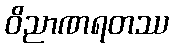
ဝိညာဏရတဿ